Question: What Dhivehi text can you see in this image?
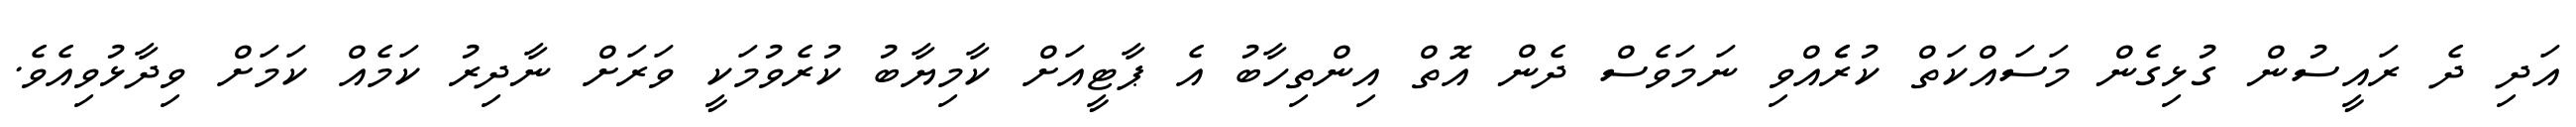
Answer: އަދި ދެ ރައީސުން ގުޅިގެން މަސައްކަތް ކުރެެއްވި ނަމަވެސް ދެން އޮތް އިންތިހާބު އެ ޕާޓީއަށް ކާމިޔާބު ކުރެވުމަކީ ވަރަށް ނާދިރު ކަމެއް ކަމަށް ވިދާޅުވިއެވެ.